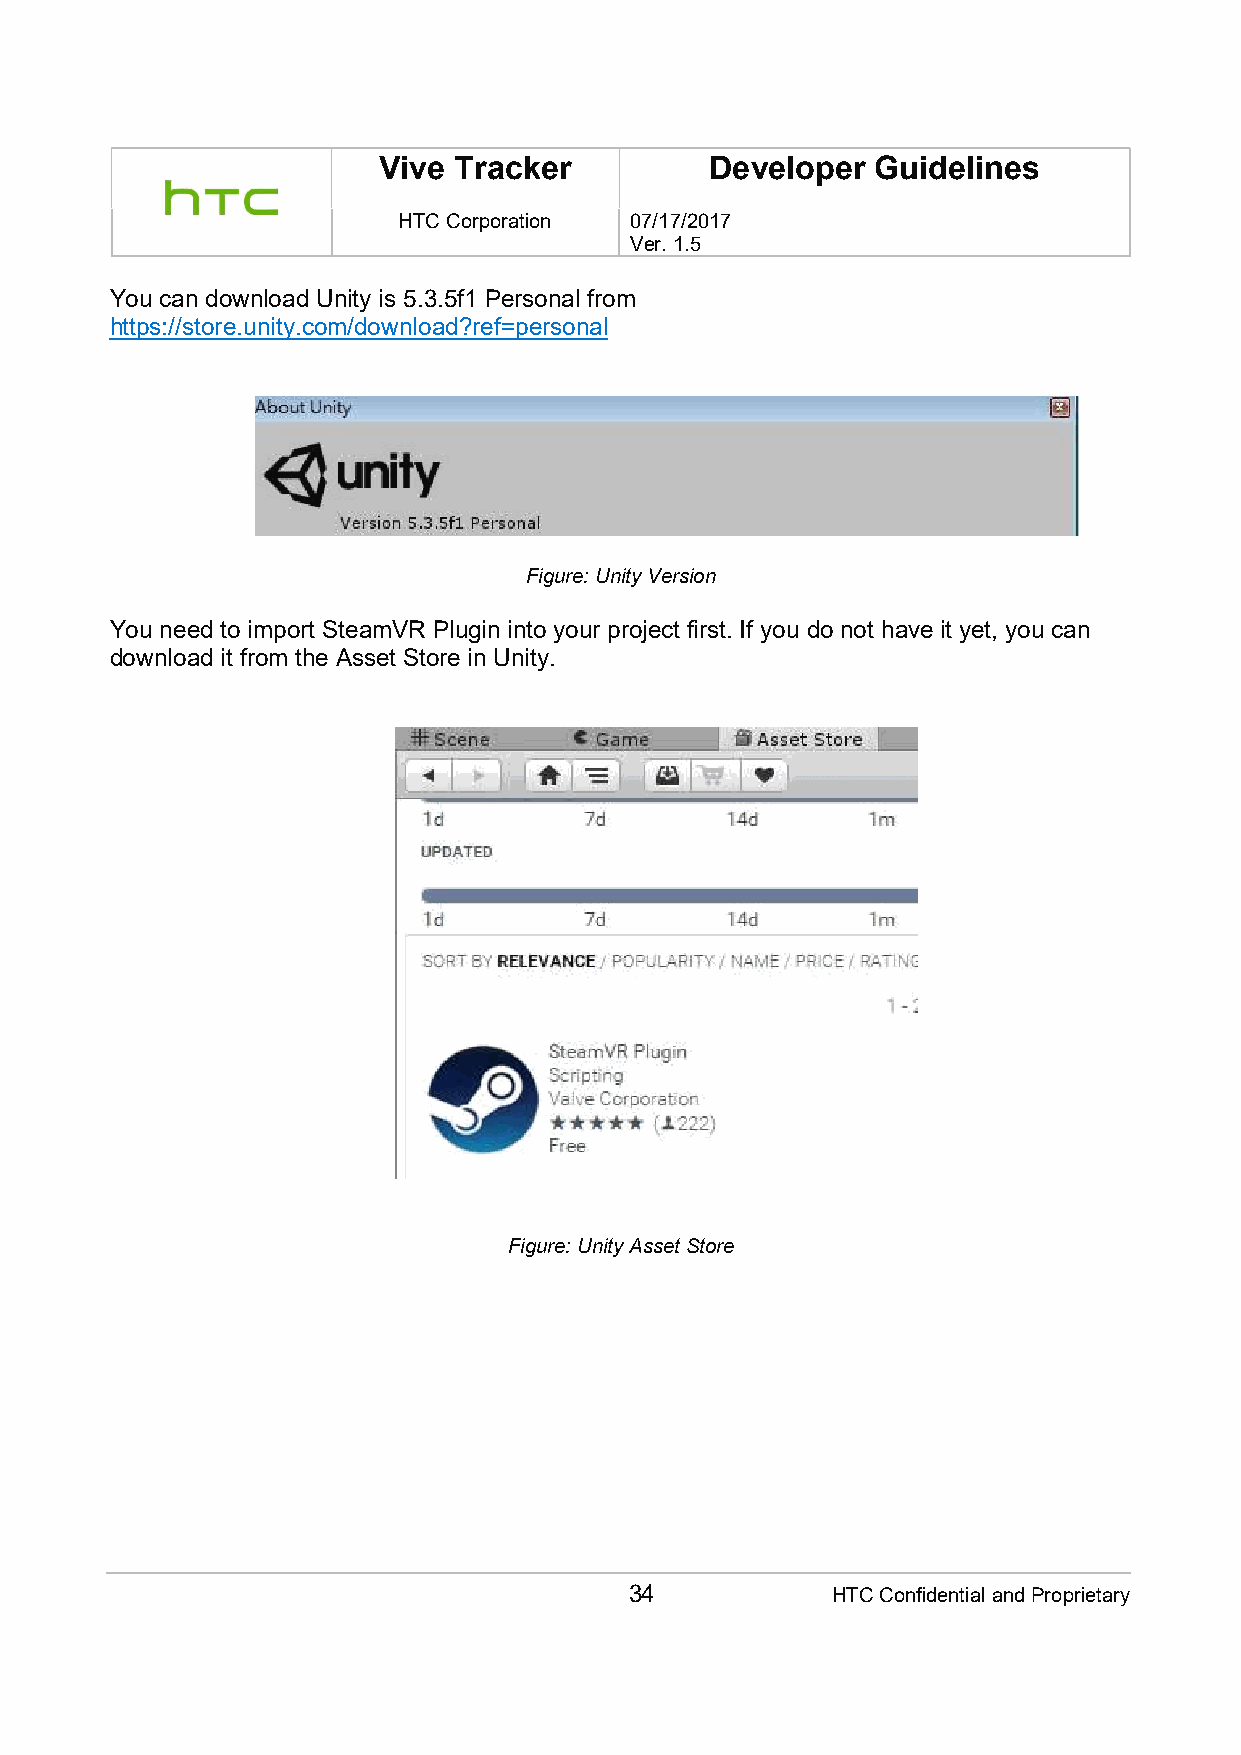
Vive Tracker          Developer  Guidelines
 HTC Corporation 07/17/2017
 Ver. 1.5
 You can download Unity is 5.3.5f1 Personal from
 https://store.unity.com/download?ref=personal
 Figure: Unity Version
 You need to import SteamVR Plugin into your project first. If you do not have it yet, you can
 download it from the Asset Store in Unity.
 Figure: Unity Asset Store
 34           HTC Confidential and Proprietary